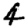
Digit: 4